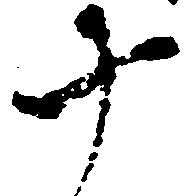
十